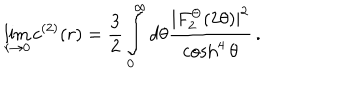
\lim _ { r \rightarrow 0 } c ^ { ( 2 ) } ( r ) = \frac { 3 } { 2 } \int _ { 0 } ^ { \infty } d \theta \frac { | F _ { 2 } ^ { \Theta } ( 2 \theta ) | ^ { 2 } } { \cosh ^ { 4 } \theta } \, .